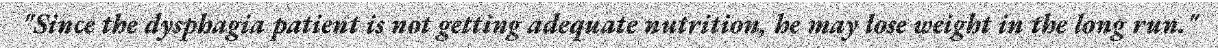
"Since the dysphagia patient is not getting adequate nutrition, he may lose weight in the long run."